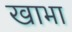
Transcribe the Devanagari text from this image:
खाभा